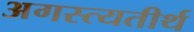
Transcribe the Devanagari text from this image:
अगस्त्यतीर्थ